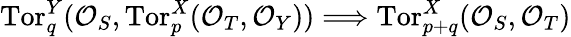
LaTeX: \mathrm{Tor}_{q}^{Y}({\cal O}_{S},\mathrm{Tor}_{p}^{X}({\cal O}_{T},{\cal O}_{Y}))\Longrightarrow\mathrm{Tor}_{p+q}^{X}({\cal O}_{S},{\cal O}_{T})